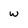
Character: w